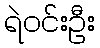
ရဲဝင်းဦး